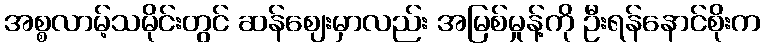
အစ္စလာမ့်သမိုင်းတွင် ဆန်ဈေးမှာလည်း အမြစ်မှုန့်ကို ဦးရန်နောင်စိုးက